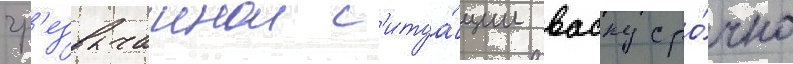
чр'езвычаинои с'итуа́ции васку сро́чно